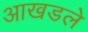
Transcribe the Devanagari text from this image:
आखडले